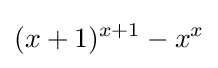
(x+1)^{x+1}-x^{x}